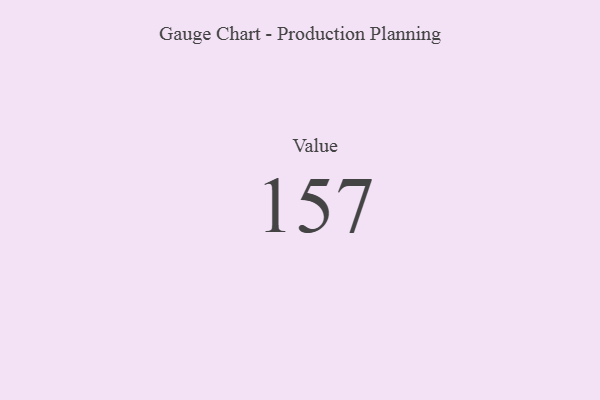
{"axis": {"x": "Metric", "y": "Value"}, "legend": [""], "data": [{"x": "Value", "y": 157, "type": ""}]}